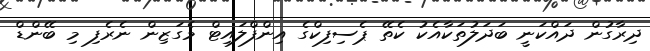
ދިރާގުން ދައްކަނީ ބަދަލުތަކާއެކު ކެތޭ ޕެސިފިކްގެ އިންފްލައިޓް މެގަޒިން ނެރެފި މި ބޭންޑް